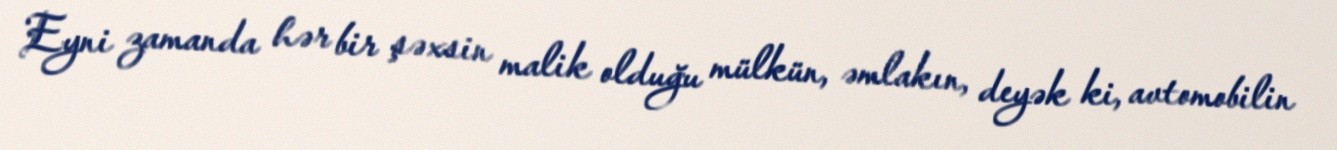
Eyni zamanda hər bir şəxsin malik olduğu mülkün, əmlakın, deyək ki, avtomobilin